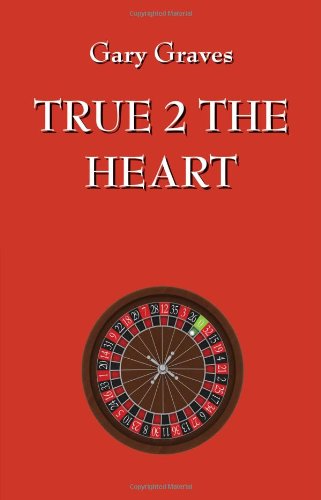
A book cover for True 2 the Heart; Gary Graves; Romance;